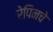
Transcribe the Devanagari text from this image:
रेपिनचे